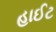
હાઈટ